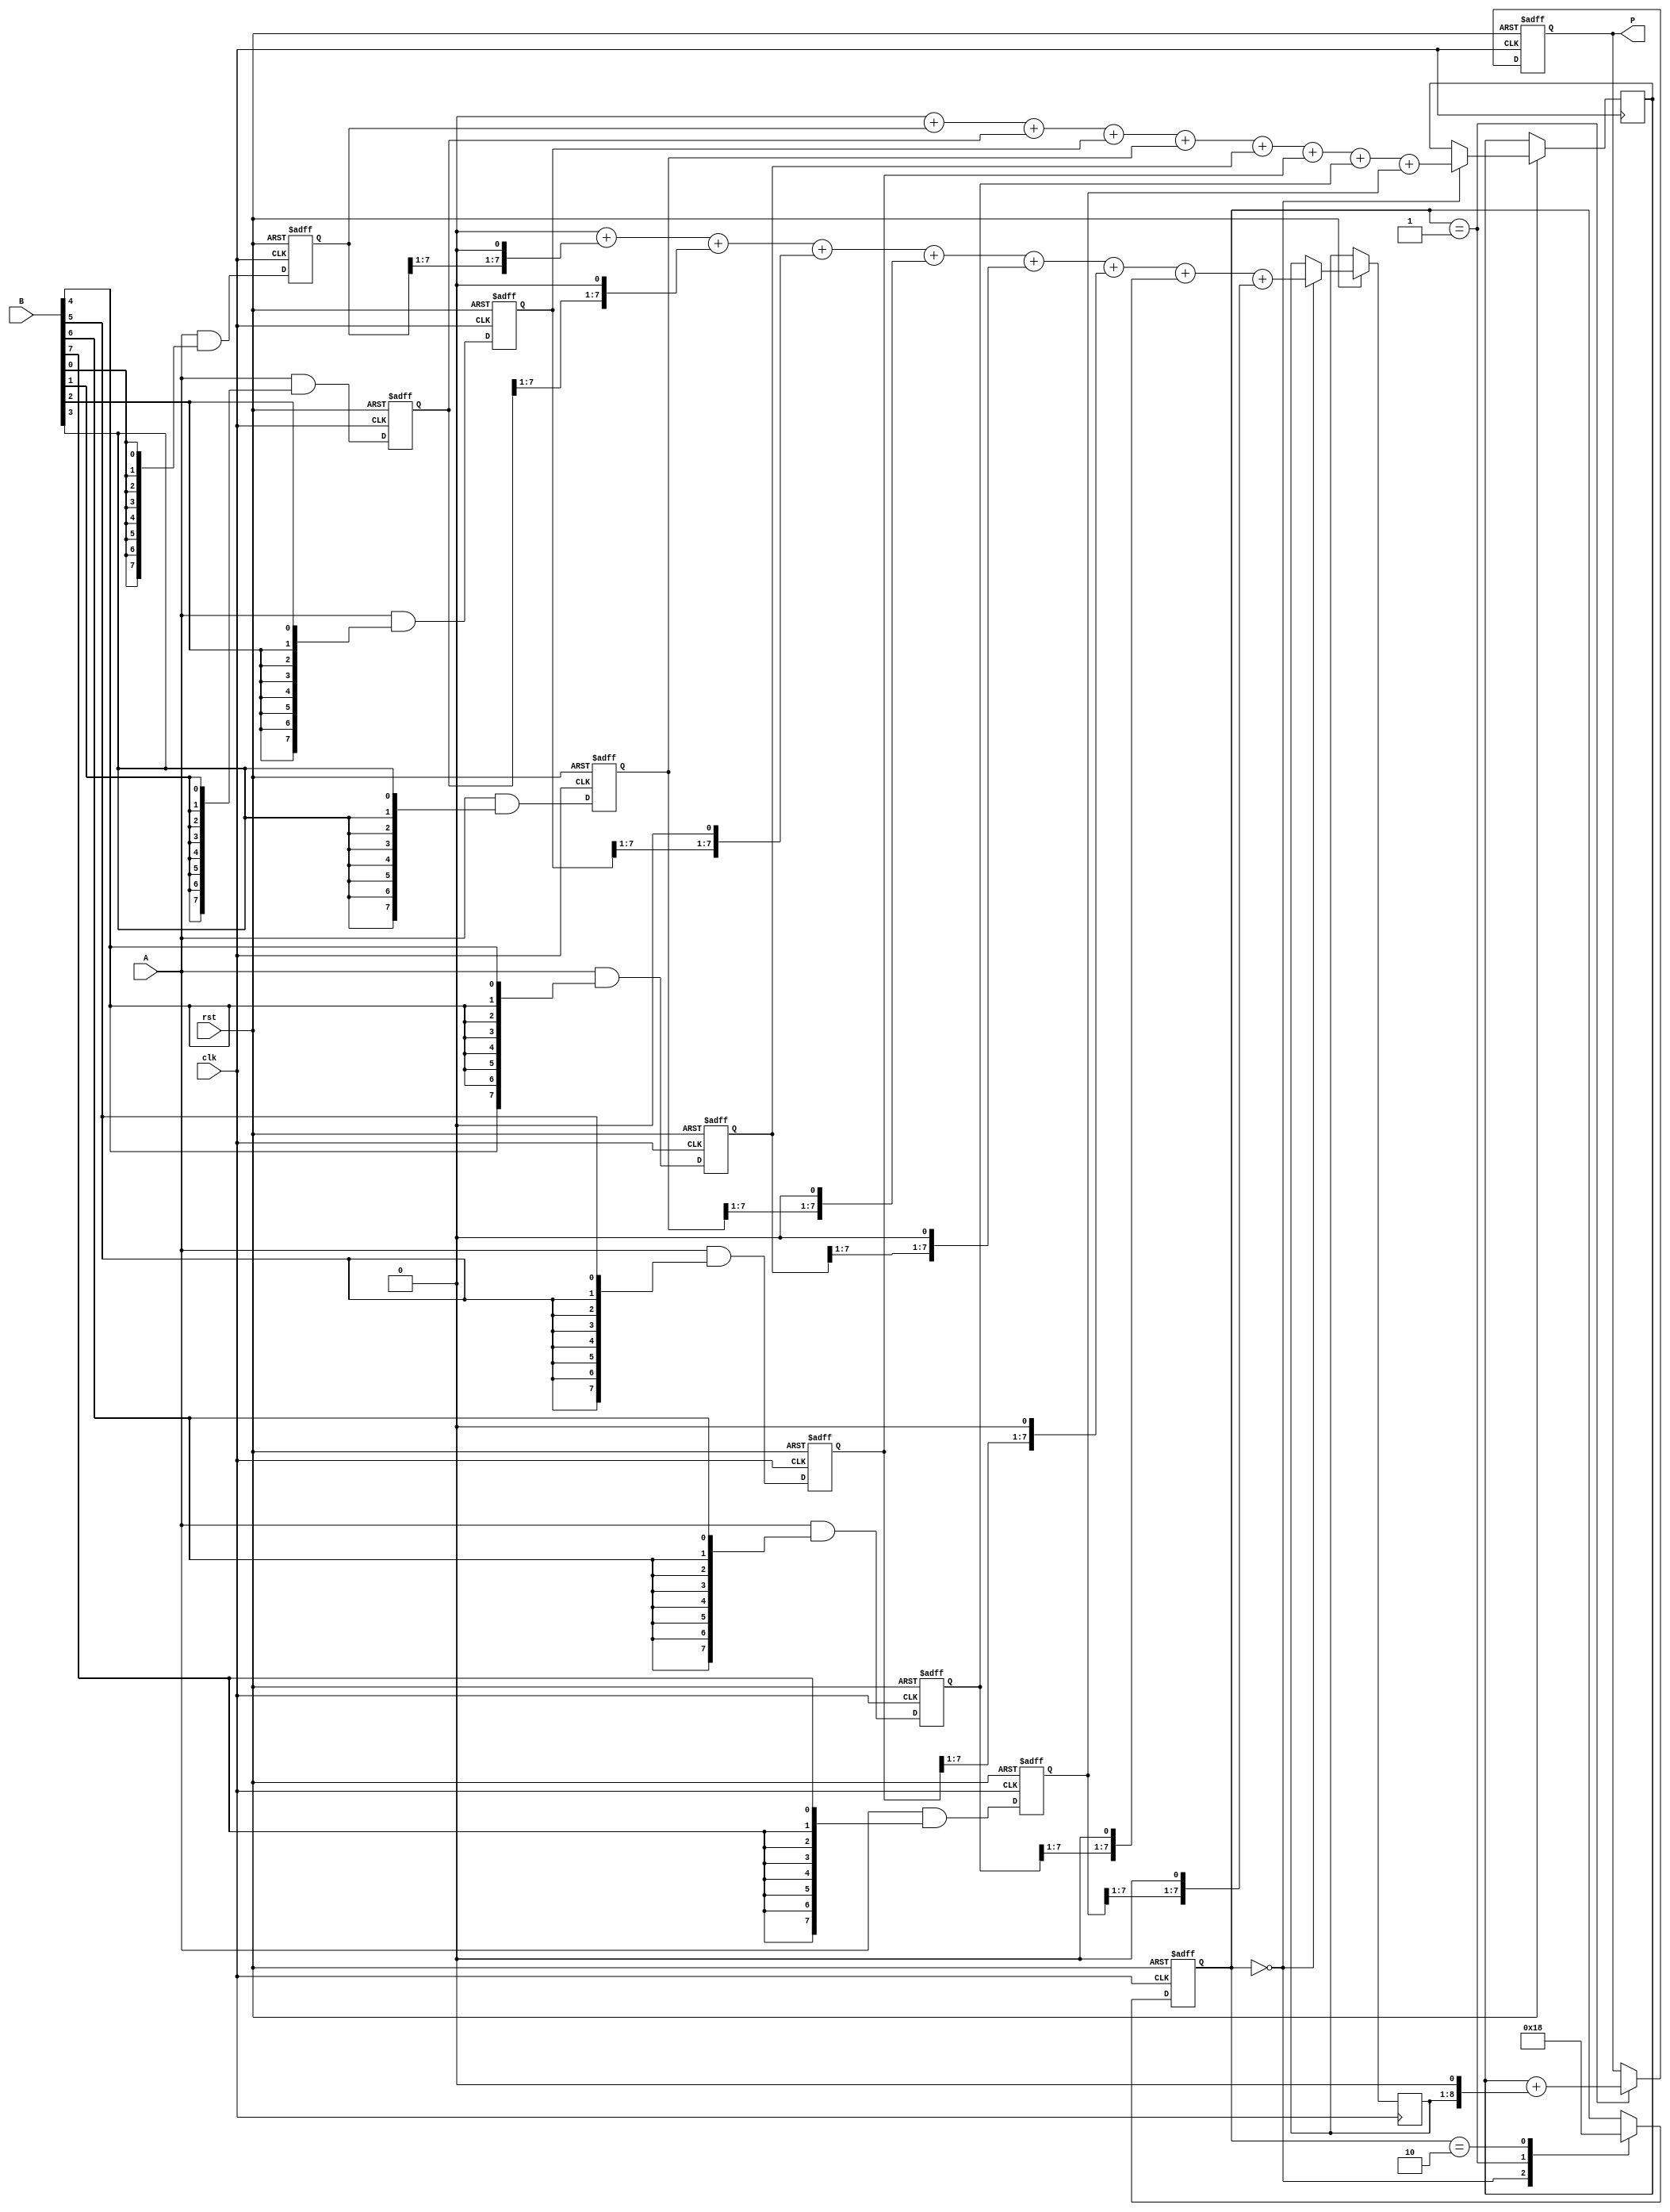
module pipelined_wallace_tree_multiplier #(parameter N = 8) (
    input wire clk,
    input wire rst,
    input wire [N-1:0] A,
    input wire [N-1:0] B,
    output reg [2*N-1:0] P
);

// Intermediate products
reg [N-1:0] partial_products[N-1:0]; // Array holding partial products
reg [2*N-1:0] sum_stage1, sum_stage2;
reg [N-1:0] carry_stage1, carry_stage2;
reg [2*N-1:0] result_stage1, result_stage2;

// Control signals for pipeline
reg [1:0] stage; // Pipeline stage indicator

// Parameter defining the number of stages
parameter STAGE_COUNT = 2;

// Generate partial products
integer i, j;
always @(posedge clk or negedge rst) begin
    if (!rst) begin
        for (i = 0; i < N; i = i + 1)
            partial_products[i] <= 0;
        stage <= 0;
        P <= 0;
    end else begin
        // Stage 0: Partial product generation
        for (i = 0; i < N; i = i + 1) begin
            partial_products[i] <= A & {N{B[i]}};
        end

        // Pipeline progression
        case(stage)
            0: begin
                // Stage 1: Reduction using Wallace Tree logic
                sum_stage1 = 0;
                carry_stage1 = 0;

                for (i = 0; i < N; i = i + 1) begin
                    sum_stage1 = sum_stage1 + partial_products[i]; // Sum partial products
                    carry_stage1 = carry_stage1 + {partial_products[i][N-1:1], 1'b0}; // Create carry bits
                end
                stage <= 1;
            end
            
            1: begin
                // Stage 2: Final carry and sum addition
                sum_stage2 = sum_stage1 + (carry_stage1 << 1); // Shift carry bits for proper addition
                P <= sum_stage2; // Output final product
                stage <= 2;
            end
            
            2: begin
                // Reset for next multiplication
                stage <= 0;
            end
        endcase
    end
end

endmodule